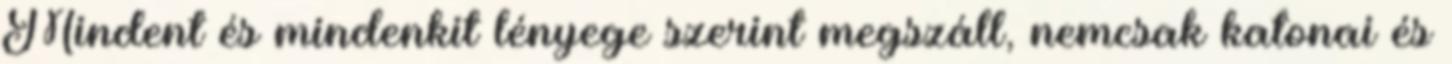
Mindent és mindenkit lényege szerint megszáll, nemcsak katonai és